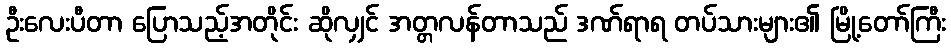
ဦးလေးပီတာ ပြောသည့်အတိုင်း ဆိုလျှင် အတ္တလန်တာသည် ဒဏ်ရာရ တပ်သားများ၏ မြို့တော်ကြီး